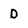
Character: D